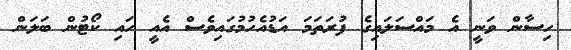
ހިސާން ވަނީ އެ މައްސަލައިގެ ފުރަތަމަ އަޑުއެހުމުގައިވެސް އެއީ ހައި ކޯޓުން ބަލަން